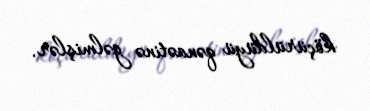
köçürüldüyü qənaətinə gəlmişlər.